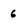
Character: 6